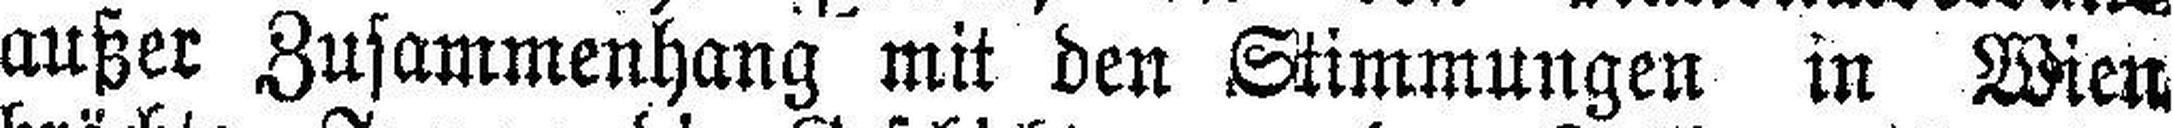
außer Zusammenhang mit den Stimmungen in Wien